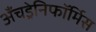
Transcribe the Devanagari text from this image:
अँचड्रेनिफॉर्मिस